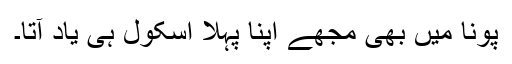
پونا میں بھی مجھے اپنا پہلا اسکول ہی یاد آتا۔